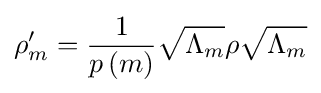
\rho _{m}^{\prime }={\frac {1}{p\left(m\right)}}{\sqrt {\Lambda _{m}}}\rho {\sqrt {\Lambda _{m}}}